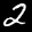
Label: 2